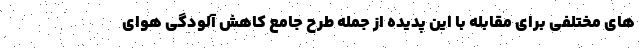
های مختلفی برای مقابله با این پدیده از جمله طرح جامع کاهش آلودگی هوای